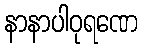
နာနာပါဝုရဏေ